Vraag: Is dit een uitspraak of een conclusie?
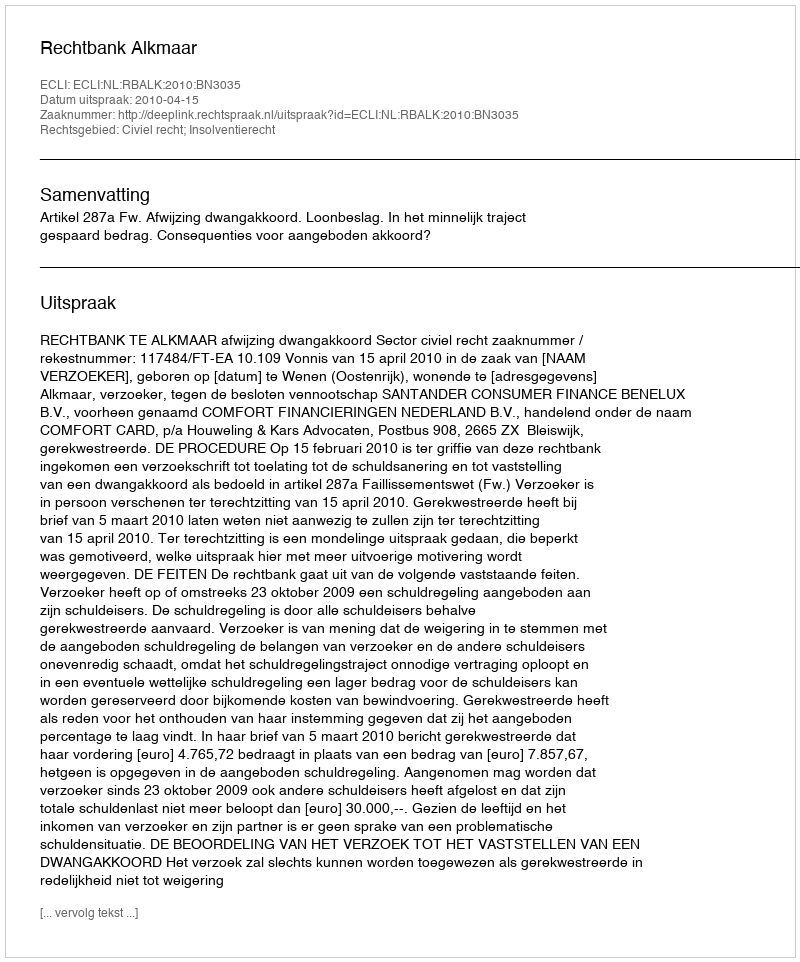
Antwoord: Uitspraak